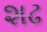
શઢ